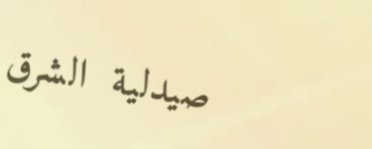
صيدلية الشرق